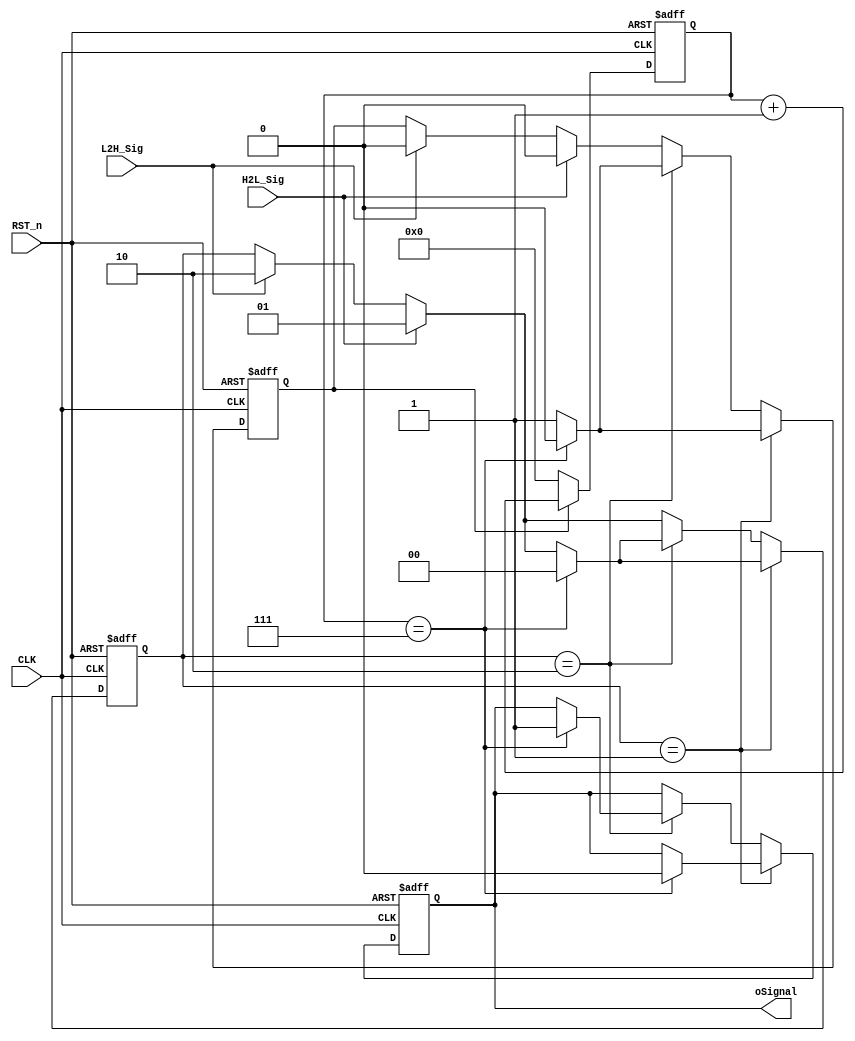
module Delay_Filter #(parameter NUM = 10)(CLK, RST_n, H2L_Sig, L2H_Sig, oSignal);
    input CLK;
	 input RST_n;
	 input H2L_Sig;
	 input L2H_Sig;
	 output oSignal;
	/***************************************************************/
	localparam FILTER_NUM = NUM-3;//˲õĹ,H2L_SigӳһʱӣisCountӳһϵͳʱӣcount_CLKӳһϵͳʱӣ˲Ҫ3
	
	/*******************************************************************/
	 reg [31:0]count_CLK;
	always @ ( posedge CLK or negedge RST_n )
	  if( !RST_n )
			count_CLK <= 32'd0;
	  else if( isCount==1'b1)
			count_CLK <= count_CLK + 32'd1;
	  else 
			count_CLK <= 32'd0;
/***************************************************************************/
	reg [1:0]state;
	reg isCount;
	reg rSignal;
	always@(posedge CLK or negedge RST_n)
	if(!RST_n)
	begin
	  state<=2'd0;
	  isCount<=1'b0;
	  rSignal<=1'b0;
	end
	else
	begin
	/*------------ʵʱصĴ״̬-----------------------*/
	  if(H2L_Sig)
	  begin
	    isCount<=1'b0;//ź
		 state<=2'd1;
	  end
	  else if(L2H_Sig)
	  begin 
	    isCount<=1'b0;//ź
		 state<=2'd2;
	  end
	  /*------------½ʱźЧʱĴ0-----------------------*/
	  if(state==2'd1)
	  begin
	    isCount<=1'b1;
	    if(count_CLK==FILTER_NUM)
		 begin
		   state<=2'd0;
		   rSignal<=1'b0;
			isCount<=1'b0;
		 end
	  end
	  /*------------ʱźЧʱĴ1-----------------------*/
	  else if(state==2'd2)
	  begin
	    isCount<=1'b1;
		 if(count_CLK==FILTER_NUM)
		 begin
		   state<=2'd0;
		   rSignal<=1'b1;
			isCount<=1'b0;
		 end
	  end
	end
/**************************************************************************************/
	assign oSignal=rSignal;
endmodule